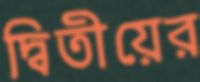
দ্বিতীয়ের